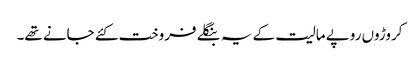
کروڑوں روپے مالیت کے یہ بنگلے فروخت کئے جانے تھے۔